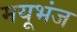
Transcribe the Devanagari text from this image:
मयूभंज